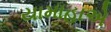
યામાહાએ